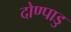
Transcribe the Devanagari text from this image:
दोण्पाडु